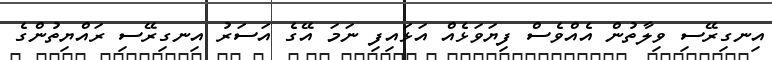
އިނގިރޭސި ވިލާތުން އެއްވެސް ފިޔަވަޅެއް އަޅައިފި ނަމަ އޭގެ އަސަރު އިނގިރޭސި ރައްޔިތުންގެ